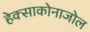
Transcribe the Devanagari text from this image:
हेक्‍साकोनाजोल